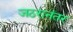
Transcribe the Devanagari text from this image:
जठरानंतर